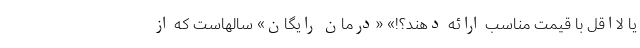
یا لااقل با قیمت مناسب ارائه دهند؟!» «درمان رایگان» سالهاست که از